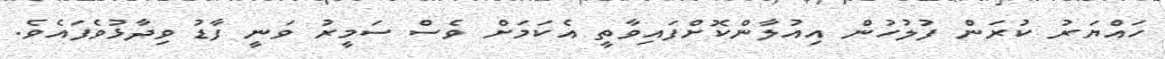
ހައްޔަރު ކުރަން ފުލުހުން އިއުލާންކޮށްފައިވާތީ އެކަމަށް ވެސް ސަމީރު ވަނީ ފާޑު ވިދާޅުވެފައެވެ.